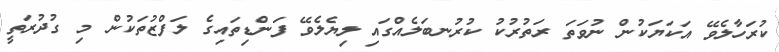
ކުރަހާލެވޭ އަކަޔަކުން ނުވަތަ ރަތުރުކު ކުރުނބަލެއްގައި ލިޔެލެވޭ ފަންޑިތައިގެ ލަފްޒުތަކުން މި ގުދުރަތީ